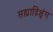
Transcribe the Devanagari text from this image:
सह्याद्रिशृंग